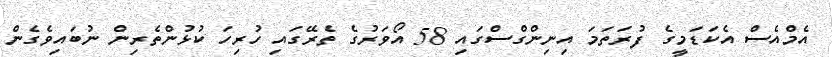
އެމްއެސް އެކަޑަމީގެ ފުރަތަމަ އިނިންގްސްގައި 58 އޯވަރުގެ ތެރޭގައި ހުރިހަ ކުޅުންތެރިން ނުބައިވެގެން